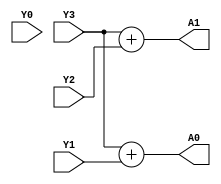
`timescale 1ns / 1ps
//////////////////////////////////////////////////////////////////////////////////
// Company: 
// Engineer: 
// 
// Design Name: 
// Module Name:    PE42_D 
// Project Name: 
// Target Devices: 
// Tool versions: 
// Description: 
//
// Dependencies: 
//
// Revision: 
// Revision 0.01 - File Created
// Additional Comments: 
//
//////////////////////////////////////////////////////////////////////////////////
module PE42_D(A0,A1,Y0,Y1,Y2,Y3);
input Y0,Y1,Y2,Y3;
output A0,A1;
assign A1=Y3+Y2;
assign A0=Y3+Y1;
endmodule